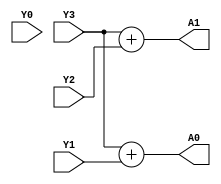
`timescale 1ns / 1ps
//////////////////////////////////////////////////////////////////////////////////
// Company: 
// Engineer: 
// 
// Design Name: 
// Module Name:    PE42_D 
// Project Name: 
// Target Devices: 
// Tool versions: 
// Description: 
//
// Dependencies: 
//
// Revision: 
// Revision 0.01 - File Created
// Additional Comments: 
//
//////////////////////////////////////////////////////////////////////////////////
module PE42_D(A0,A1,Y0,Y1,Y2,Y3);
input Y0,Y1,Y2,Y3;
output A0,A1;
assign A1=Y3+Y2;
assign A0=Y3+Y1;
endmodule